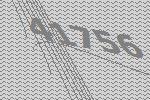
41756